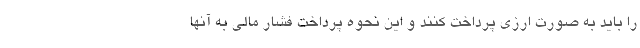
را باید به صورت ارزی پرداخت کنند و این نحوه پرداخت فشار مالی به آنها